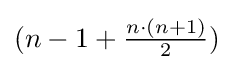
(n-1+{\tfrac {n\cdot (n+1)}{2}})